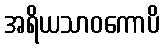
အရိယသာဝကောပိ